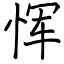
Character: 恽